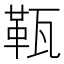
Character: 𤭫